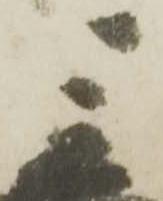
宗